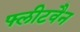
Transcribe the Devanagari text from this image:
फ्लीटवैन